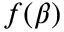
f ( \beta )